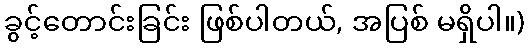
ခွင့်တောင်းခြင်း ဖြစ်ပါတယ်, အပြစ် မရှိပါ။)